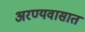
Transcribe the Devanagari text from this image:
अरण्यवासात